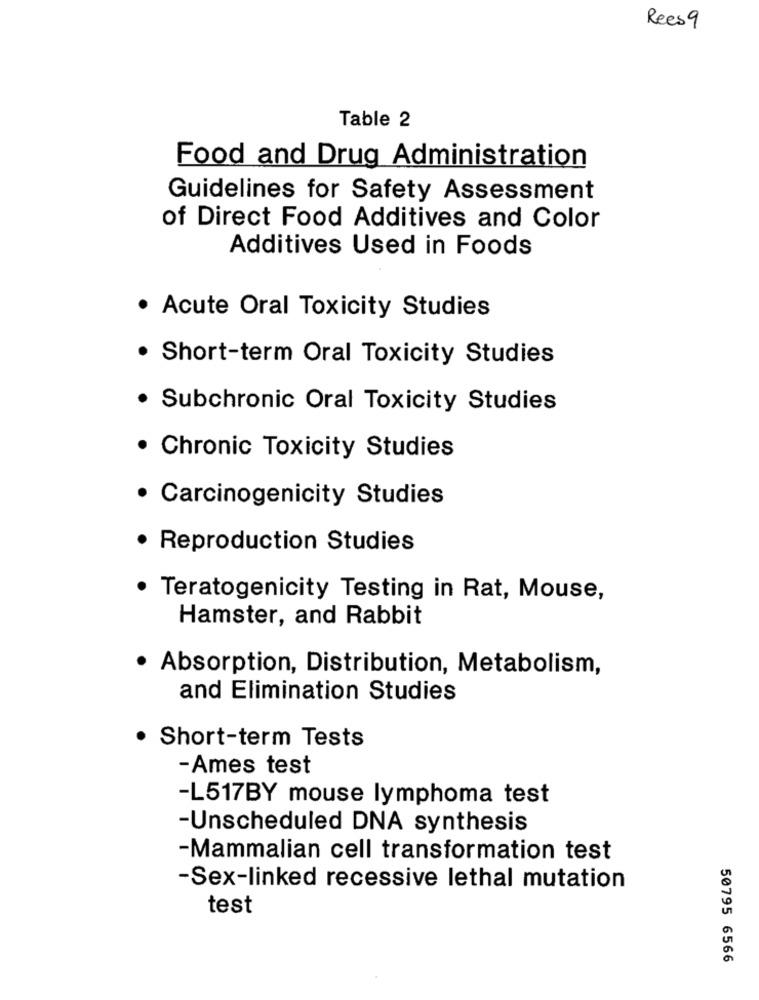
Rees 9
Table 2
Food and Drug Administration
Guidelines for Safety Assessment
of Direct Food Additives and Color
Additives Used in Foods
· Acute Oral Toxicity Studies
. Short-term Oral Toxicity Studies
. Subchronic Oral Toxicity Studies
· Chronic Toxicity Studies
· Carcinogenicity Studies
· Reproduction Studies
Teratogenicity Testing in Rat, Mouse,
Hamster, and Rabbit
· Absorption, Distribution, Metabolism,
and Elimination Studies
· Short-term Tests
-Ames test
-L517BY mouse lymphoma test
-Unscheduled DNA synthesis
-Mammalian cell transformation test
-Sex-linked recessive lethal mutation
test
50795 6566